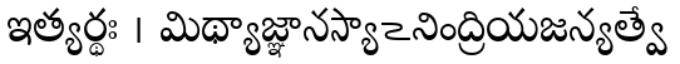
ఇత్యర్థః । మిథ్యాజ్ఞానస్యాఽనింద్రియజన్యత్వే